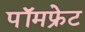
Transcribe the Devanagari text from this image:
पॉमफ्रेट